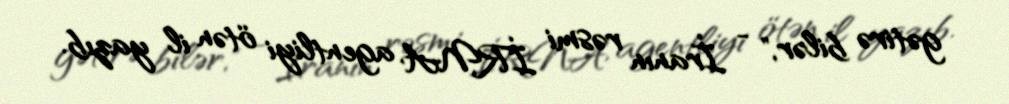
gətirə bilər," - İranın rəsmi İRNA agentliyi ötən il yazıb.